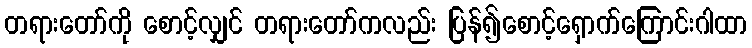
တရားတော်ကို စောင့်လျှင် တရားတော်ကလည်း ပြန်၍စောင့်ရှောက်ကြောင်းဂါထာ